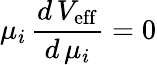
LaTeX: \mu_{i}\, \frac{d\, V_{\mathrm{eff}}}{d\, \mu_{i}}=0